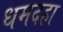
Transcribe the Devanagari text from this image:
धमदहा